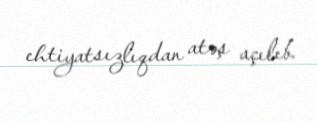
ehtiyatsızlıqdan atəş açılıb.